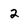
Character: 2